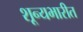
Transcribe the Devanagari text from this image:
शून्यभारीत